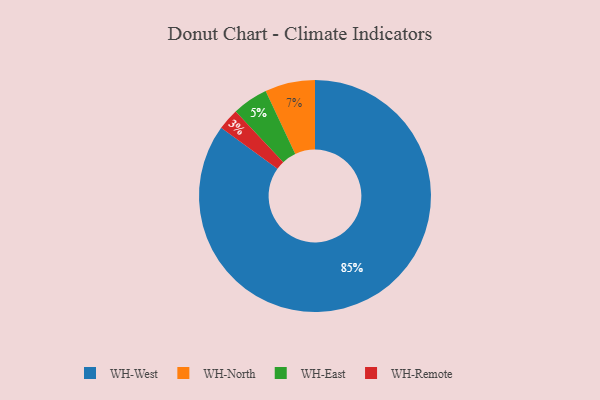
{"axis": {"x": "Category", "y": "Percentage"}, "legend": ["WH-East", "WH-North", "WH-Remote", "WH-West"], "data": [{"x": "WH-East", "y": 5, "type": "WH-East"}, {"x": "WH-North", "y": 7, "type": "WH-North"}, {"x": "WH-West", "y": 85, "type": "WH-West"}, {"x": "WH-Remote", "y": 3, "type": "WH-Remote"}]}